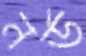
নর্ড